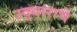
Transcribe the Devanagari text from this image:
उद्धाराचे